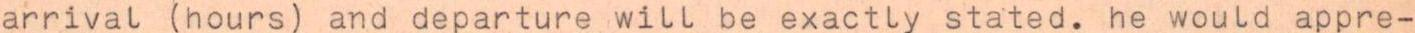
arrival (hours) and departure will be exactly stated. he would appre-